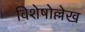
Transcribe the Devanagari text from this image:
विशेषोल्लेख